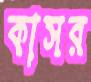
কাসর